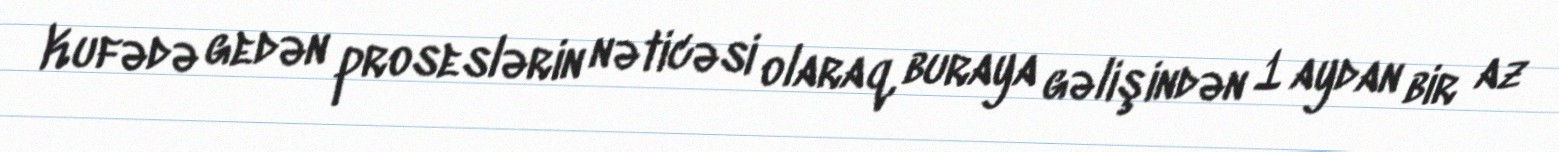
Kufədə gedən proseslərin nəticəsi olaraq, buraya gəlişindən 1 aydan bir az